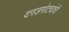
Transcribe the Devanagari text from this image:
दगडगोट्यांची